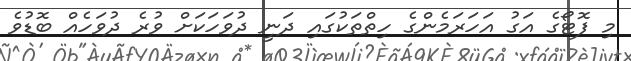
މި ފޮޓޯގެ އަގު އަހަރަމެންގެ ހިތްތަކުގައި ދަނީ ދުވަހަކަށް ވުރެ ދުވަހެއް ބޮޑުވެ